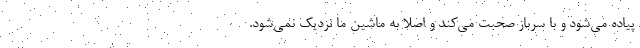
پیاده می‌شود و با سرباز صحبت می‌کند و اصلا به ماشین ما نزدیک نمی‌شود.